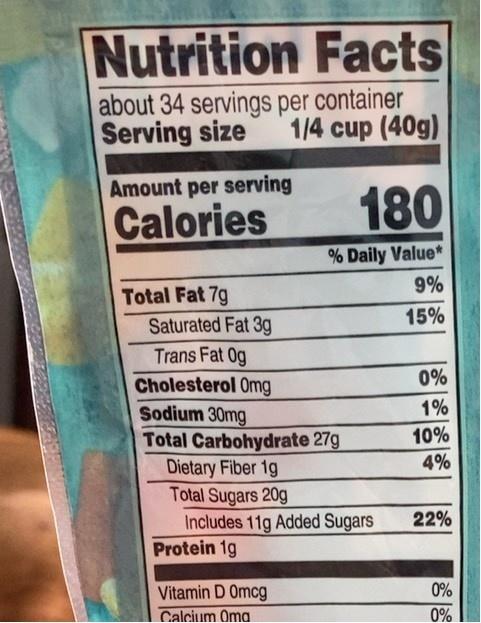
Nutrition Facts
about 34 servings per container Serving size
1/4 cup (40g)
Amount per serving
Calories
180
% Daily Value*
9%
Total Fat 7g Saturated Fat 3g
15%
Trans Fat 0g Cholesterol Omg Sodium 30mg Total Carbohydrate 27g Dietary Fiber 1g Total Sugars 20g Includes 11g Added Sugars Protein 1g
0%
1%
10%
4%
22%
Vitamin D Omcg
0%
Calcium Oma
0%